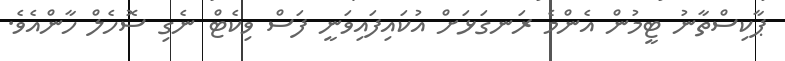
ޕާކިސްތާނު ޓީމުން އެންމެ ރަނގަޅަށް އުކައިފައިވަނީ ފަސް ވިކެޓް ނެގި ސޮހެލް ހާންއެވެ.